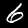
Digit: 6